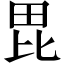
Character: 毘